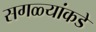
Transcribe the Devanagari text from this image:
सगळ्यांकडे